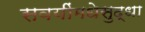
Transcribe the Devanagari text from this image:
सवयींमधेसुद्धा